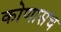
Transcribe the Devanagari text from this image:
कोणासच